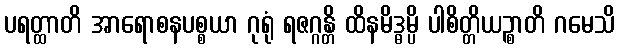
ပရတ္ထာတိ အာရောစနပစ္စယာ ဂုရုံ ရဇဂ္ဂန္တိ ထိနမိဒ္ဓမ္ပိ ပါစိတ္တိယဉ္စာတိ ဂမေသိ